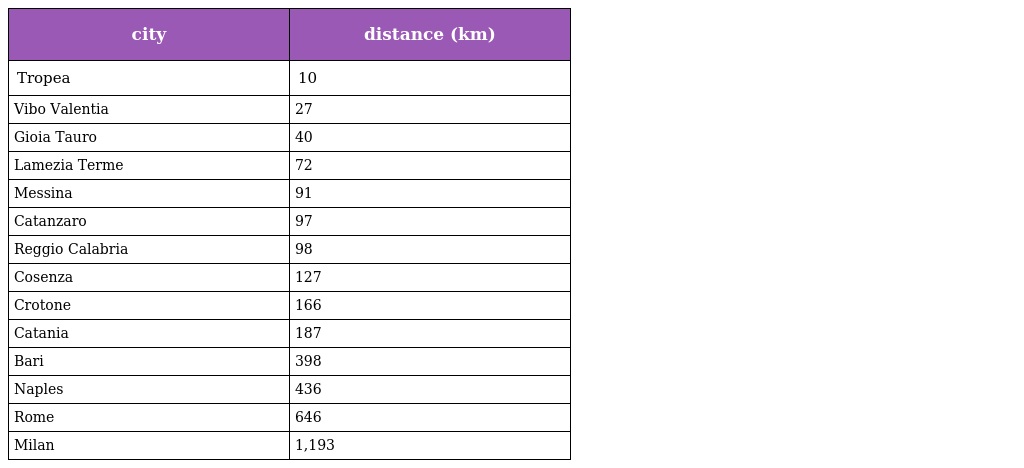
| city | distance (km) |
 | --- | --- |
 | Tropea | 10 |
 | Vibo Valentia | 27 |
 | Gioia Tauro | 40 |
 | Lamezia Terme | 72 |
 | Messina | 91 |
 | Catanzaro | 97 |
 | Reggio Calabria | 98 |
 | Cosenza | 127 |
 | Crotone | 166 |
 | Catania | 187 |
 | Bari | 398 |
 | Naples | 436 |
 | Rome | 646 |
 | Milan | 1,193 |